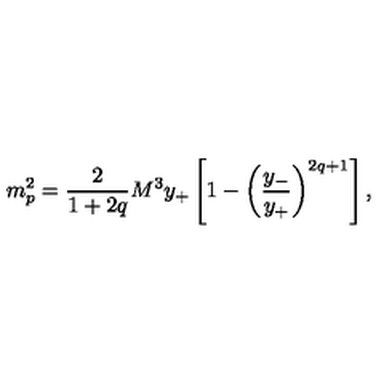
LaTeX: m _ { p } ^ { 2 } = { \frac { 2 } { 1 + 2 q } } { M ^ { 3 } y _ { + } } \left[ 1 - \left( { \frac { y _ { - } } { y _ { + } } } \right) ^ { 2 q + 1 } \right] ,